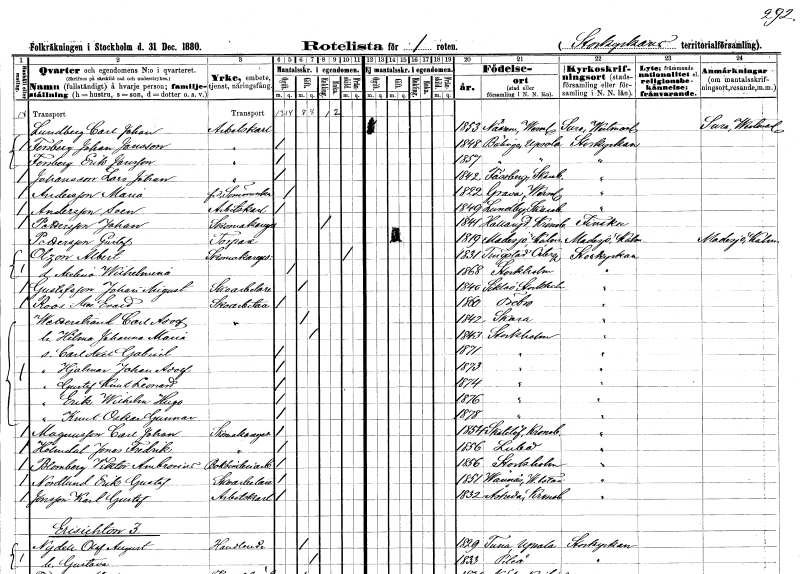
gt_parse: households: individuals: FN: Carl Johan
EN: Lundberg
YRKE: Arbetskarl
KON: M
CIV: O
FODAR: 1853
FODFORS: Näsräm Värmlands län
FN: Johan
EN: Fenberg Jansson
YRKE: Arbetskarl
KON: M
CIV: O
FODAR: 1848
FODFORS: Bälinge Uppsala län
FN: Erik
EN: Fenberg Jansson
YRKE: Arbetskarl
KON: M
CIV: O
FODAR: 1857
FODFORS: Bälinge Uppsala län
FN: Lars Johan
EN: Johansson
YRKE: Arbetskarl
KON: M
CIV: O
FODAR: 1842
FODFORS: Fässberg Göteborgs- och Bohuslän
FN: Maria
EN: Andersson
YRKE: Sömmerska f.d.
KON: K
CIV: O
FODAR: 1822
FODFORS: Grava Värmlands län
FN: Sven
EN: Andersson
YRKE: Arbetskarl
KON: M
CIV: O
FODAR: 1849
FODFORS: Lundby Skaraborgs län
FN: Johan
EN: Pettersson
YRKE: Skomakaregesäll
KON: M
CIV: O
FODAR: 1841
FODFORS: Hallaryd Kronobergs län
FN: Gustaf
EN: Pettersson
YRKE: Torpare
KON: M
CIV: G
FODAR: 1819
FODFORS: Madesjö Kalmar län
FN: Albert
EN: Olzon
YRKE: Skomakaregesäll
KON: M
CIV: E
FODAR: 1831
FODFORS: Tingstad Östergötlands län
FN: Axelina Wilhelmina
KON: K
CIV: O
FODAR: 1868
FODFORS: Stockholm
FN: Johan August
EN: Gustafsson
YRKE: Skoarbetare
KON: M
CIV: G
FODAR: 1840
FODFORS: Sicklaö Stockholms län
FN: Axel Edvard
EN: Roos
YRKE: Skoarbetare
KON: M
CIV: O
FODAR: 1860
FODFORS: Örebro Örebro län
FN: Carl Adolf
EN: Wetterström
YRKE: Skoarbetare
KON: M
CIV: G
FODAR: 1842
FODFORS: Skara Skaraborgs län
FN: Hilma Johanna Maria
KON: K
CIV: G
FODAR: 1843
FODFORS: Stockholm
FN: Carl Axel Gabriel
KON: M
CIV: O
FODAR: 1871
FODFORS: Stockholm
FN: Hjalmar Johan Adolf
KON: M
CIV: O
FODAR: 1873
FODFORS: Stockholm
FN: Gustaf Knut Leonard
KON: M
CIV: O
FODAR: 1874
FODFORS: Stockholm
FN: Erik Wilhelm Hugo
KON: M
CIV: O
FODAR: 1876
FODFORS: Stockholm
FN: Knut Oskar Gunnar
KON: M
CIV: O
FODAR: 1878
FODFORS: Stockholm
FN: Carl Johan
EN: Magnusson
YRKE: Skomakaregesäll
KON: M
CIV: O
FODAR: 1854
FODFORS: Skatelöv Kronobergs län
FN: Jonas Fredrik
EN: Holmdal
YRKE: Skoarbetare
KON: M
CIV: O
FODAR: 1856
FODFORS: Luleå Norrbottens län
FN: Viktor Ambrosius
EN: Blomberg
YRKE: Bokbinderiarbetare
KON: M
CIV: O
FODAR: 1856
FODFORS: Stockholm
FN: Erik Gustaf
EN: Nordlund
YRKE: Skoarbetare
KON: M
CIV: O
FODAR: 1851
FODFORS: Vännäs Västerbottens län
FN: Karl Gustaf
EN: Jonsson
YRKE: Arbetskarl
KON: M
CIV: O
FODAR: 1832
FODFORS: Åseda Kronobergs län